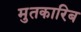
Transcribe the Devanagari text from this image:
मुतकारिब